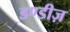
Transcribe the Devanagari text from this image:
डण्डीज़